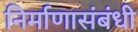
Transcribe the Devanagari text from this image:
निर्माणासंबंधी